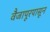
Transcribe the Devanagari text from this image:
वैजापूरपासून